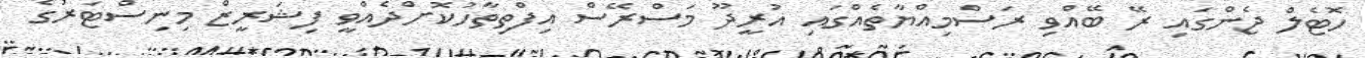
ހޮޓެލް ޖެންގައި ރޭ ބޭއްވި ރަސްމިއްޔާތެއްގައި އުރީދޫ މަސްރޭސް އިފްތިތާހުކޮށްދެއްވީ ފިޝަރީޒް މިނިސްޓަރުގެ